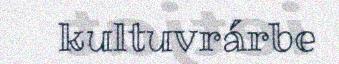
kultuvrárbe